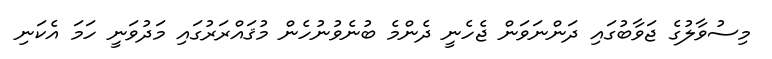
މިސުވާލުގެ ޖަވާބުގައި ދަންނަވަން ޖެހެނީ ދެންމެ ބުނެވުނުހެން މުޤައްރަރުގައި މަދުވަނީ ހަމަ އެކަނި